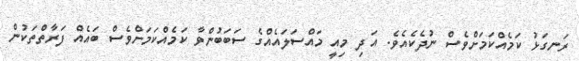
ރަނގަޅު ކަމެއްކަމަށްވެސް ނުދެކެއެވެ. އަދި މިއީ މައްސަލައެއްގެ ސަބަބުންވާ ކަމެއްކަމަށްވެސް ބައެއް ފަރާތްތަކުން